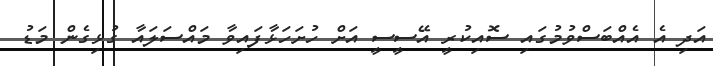
އަދި އެ އެއްބަސްވުމުގައި ސޮއިކުރީ އޭސީސީ އަށް ހުށަހަޅާފައިވާ މައްސަލައާ ގުޅިގެން މަޑު